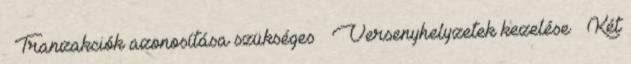
– Tranzakciók azonosítása szükséges ● Versenyhelyzetek kezelése – Két